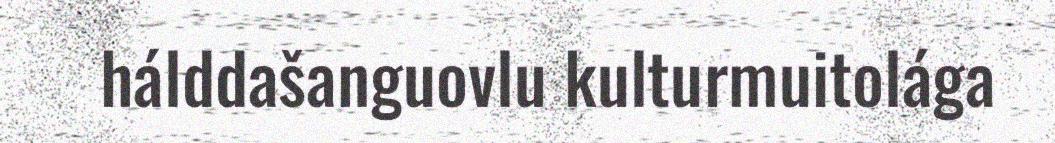
hálddašanguovlu kulturmuitolága